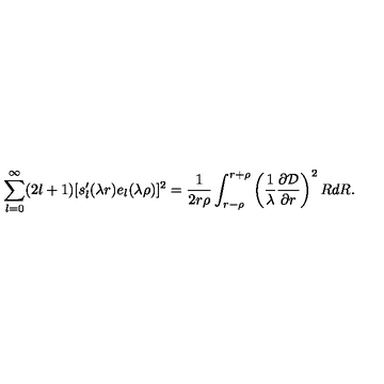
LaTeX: \sum _ { l = 0 } ^ { \infty } ( 2 l + 1 ) [ s _ { l } ^ { \prime } ( \lambda r ) e _ { l } ( \lambda \rho ) ] ^ { 2 } = \frac { 1 } { 2 r \rho } \int _ { r - \rho } ^ { r + \rho } \left( \frac { 1 } { \lambda } \frac { \partial { \cal D } } { \partial r } \right) ^ { 2 } R d R .